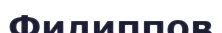
Филиппов